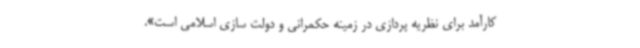
کارآمد برای نظریه پردازی در زمینه حکمرانی و دولت سازی اسلامی است».